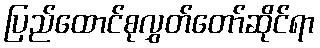
ပြည်ထောင်စုလွှတ်တော်ဆိုင်ရာ